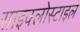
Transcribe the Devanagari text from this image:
साइक्लोस्टाइल